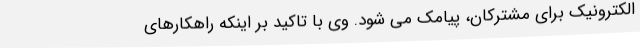
الکترونیک برای مشترکان، پیامک می شود. وی با تاکید بر اینکه راهکارهای